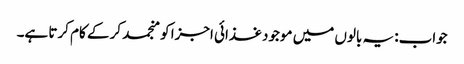
جواب: یہ بالوں میں موجود غذائی اجزا کو منجمد کر کے کام کرتا ہے۔